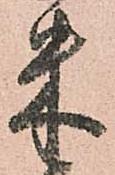
米